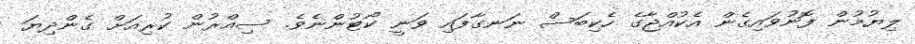
ލިޔުމުން ފޮނުވައިގެން އެކުއްޖާގެ ހެކިބަސް ނަނގާފައި ވަނީ ކޯޓުންނެވެ. ސިއްރުން ކުރިއަށް ގެންދިޔަ